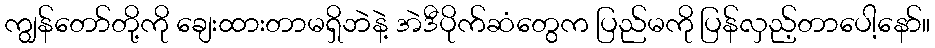
ကျွန်တော်တို့ကို ချေးထားတာမရှိဘဲနဲ့ အဲဒီပိုက်ဆံတွေက ပြည်မကို ပြန်လှည့်တာပေါ့နော်။